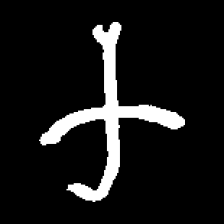
Pyu character \u2014 Myanmar letter: က (romanized: ka)